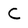
Character: C